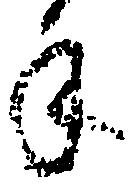
手